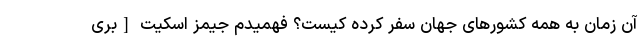
آن زمان به همه کشورهای جهان سفر کرده کیست؟ فهمیدم جیمز اسکیت [بری